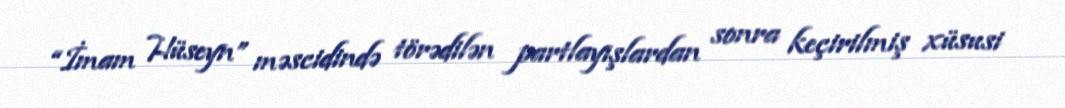
“İmam Hüseyn” məscidində törədilən partlayışlardan sonra keçirilmiş xüsusi